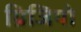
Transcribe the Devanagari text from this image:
ग्रिजियो